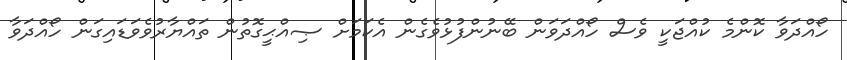
ހޯއްދަވާ ކޮންމެ ކުއްޖަކީ ވެސް ހޯއްދަވަން ބޭނުންފުޅުވެގެން އެކަމަށް ޞިއްޙީގޮތުން ތައްޔާރުވެވަޑައިގަން ހޯއްދަވާ